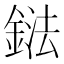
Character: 鍅